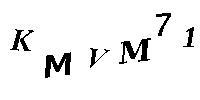
KMVM71